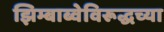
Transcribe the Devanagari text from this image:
झिम्बाब्वेविरूद्धच्या